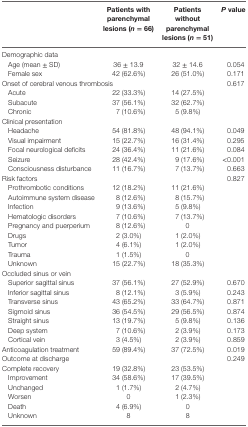
<table><thead><tr><td></td><td><b>Patients with parenchymal lesions (<i>n</i> = 66)</b></td><td><b>Patients without parenchymal lesions (<i>n</i> = 51)</b></td><td><b><i>P</i> value</b></td></tr></thead><tbody><tr><td colspan="4">Demographic data</td></tr><tr><td> Age (mean ± SD)</td><td>36 ± 13.9</td><td>32 ± 14.6</td><td>0.054</td></tr><tr><td> Female sex</td><td>42 (62.6%)</td><td>26 (51.0%)</td><td>0.171</td></tr><tr><td colspan="3">Onset of cerebral venous thrombosis</td><td>0.617</td></tr><tr><td> Acute</td><td>22 (33.3%)</td><td>14 (27.5%)</td></tr><tr><td> Subacute</td><td>37 (56.1%)</td><td>32 (62.7%)</td></tr><tr><td> Chronic</td><td>7 (10.6%)</td><td>5 (9.8%)</td></tr><tr><td colspan="4">Clinical presentation</td></tr><tr><td> Headache</td><td>54 (81.8%)</td><td>48 (94.1%)</td><td>0.049</td></tr><tr><td> Visual impairment</td><td>15 (22.7%)</td><td>16 (31.4%)</td><td>0.295</td></tr><tr><td> Focal neurological deficits</td><td>24 (36.4%)</td><td>11 (21.6%)</td><td>0.084</td></tr><tr><td> Seizure</td><td>28 (42.4%)</td><td>9 (17.6%)</td><td>&lt;0.001</td></tr><tr><td> Consciousness disturbance</td><td>11 (16.7%)</td><td>7 (13.7%)</td><td>0.663</td></tr><tr><td colspan="3">Risk factors</td><td>0.827</td></tr><tr><td> Prothrombotic conditions</td><td>12 (18.2%)</td><td>11 (21.6%)</td></tr><tr><td> Autoimmune system disease</td><td>8 (12.6%)</td><td>8 (15.7%)</td></tr><tr><td> Infection</td><td>9 (13.6%)</td><td>5 (9.8%)</td></tr><tr><td> Hematologic disorders</td><td>7 (10.6%)</td><td>7 (13.7%)</td></tr><tr><td> Pregnancy and puerperium</td><td>8 (12.6%)</td><td>0</td></tr><tr><td> Drugs</td><td>2 (3.0%)</td><td>1 (2.0%)</td></tr><tr><td> Tumor</td><td>4 (6.1%)</td><td>1 (2.0%)</td></tr><tr><td> Trauma</td><td>1 (1.5%)</td><td>0</td></tr><tr><td> Unknown</td><td>15 (22.7%)</td><td>18 (35.3%)</td></tr><tr><td colspan="4">Occluded sinus or vein</td></tr><tr><td> Superior sagittal sinus</td><td>37 (56.1%)</td><td>27 (52.9%)</td><td>0.670</td></tr><tr><td> Inferior sagittal sinus</td><td>8 (12.1%)</td><td>3 (5.9%)</td><td>0.243</td></tr><tr><td> Transverse sinus</td><td>43 (65.2%)</td><td>33 (64.7%)</td><td>0.871</td></tr><tr><td> Sigmoid sinus</td><td>36 (54.5%)</td><td>29 (56.5%)</td><td>0.874</td></tr><tr><td> Straight sinus</td><td>13 (19.7%)</td><td>5 (9.8%)</td><td>0.136</td></tr><tr><td> Deep system</td><td>7 (10.6%)</td><td>2 (3.9%)</td><td>0.173</td></tr><tr><td> Cortical vein</td><td>3 (4.5%)</td><td>2 (3.9%)</td><td>0.859</td></tr><tr><td>Anticoagulation treatment</td><td>59 (89.4%)</td><td>37 (72.5%)</td><td>0.019</td></tr><tr><td colspan="3">Outcome at discharge</td><td>0.249</td></tr><tr><td>Complete recovery</td><td>19 (32.8%)</td><td>23 (53.5%)</td></tr><tr><td> Improvement</td><td>34 (58.6%)</td><td>17 (39.5%)</td></tr><tr><td> Unchanged</td><td>1 (1.7%)</td><td>2 (4.7%)</td></tr><tr><td> Worsen</td><td>0</td><td>1 (2.3%)</td></tr><tr><td> Death</td><td>4 (6.9%)</td><td>0</td></tr><tr><td> Unknown</td><td>8</td><td>8</td></tr></tbody></table>